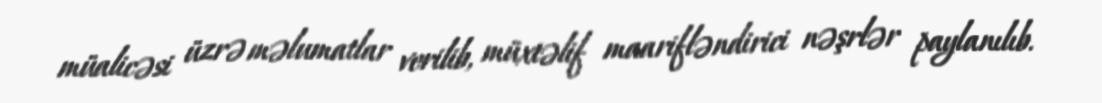
müalicəsi üzrə məlumatlar verilib, müxtəlif maarifləndirici nəşrlər paylanılıb.